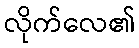
လိုက်လေ၏